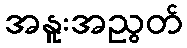
အနူးအညွတ်